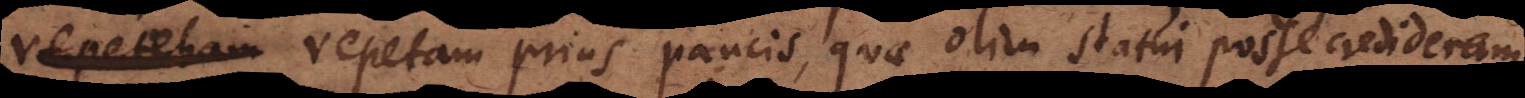
repetebam repetam prius paucis, quae olim statui posse credideram,